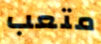
متعب